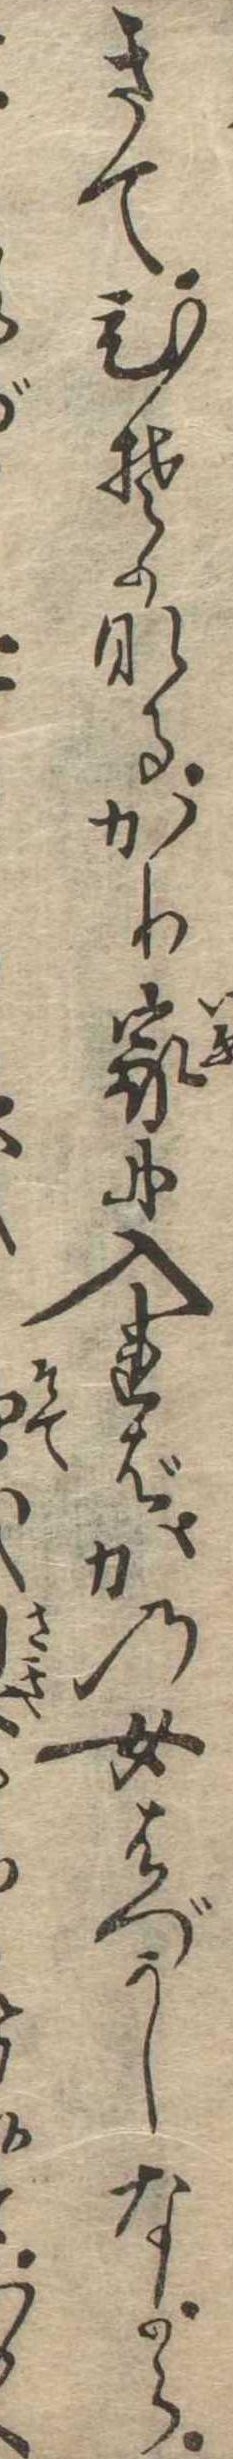
きてひそかなるかり家に入ればかの女はづかしながら